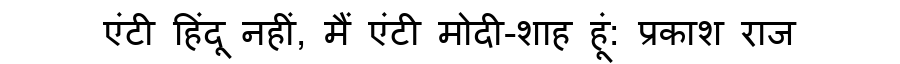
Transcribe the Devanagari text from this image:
एंटी हिंदू नहीं, मैं एंटी मोदी-शाह हूं: प्रकाश राज